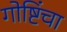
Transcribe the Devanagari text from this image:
गोष्टिंचा